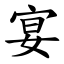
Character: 宴